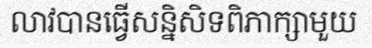
លាវបានធ្វើសន្និសិទពិភាក្សាមួយ